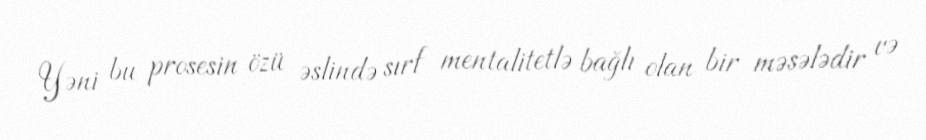
Yəni bu prosesin özü əslində sırf mentalitetlə bağlı olan bir məsələdir və